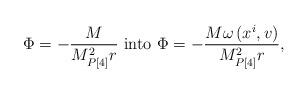
LaTeX: \begin{align*}\Phi =-\frac{M}{M_{P[4]}^{2}r}\mbox{ into }\Phi =-\frac{M\omega \left(x^{i},v\right) }{M_{P[4]}^{2}r},\end{align*}